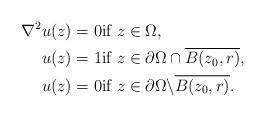
LaTeX: \begin{align*}\nabla^2 u(z) &= 0 \mbox{if }z\in \Omega, \\u(z)&= 1 \mbox{if }z\in \partial\Omega\cap\overline{B(z_0,r)}, \\u(z)&= 0 \mbox{if }z\in \partial\Omega\backslash \overline{B(z_0,r)}. \end{align*}